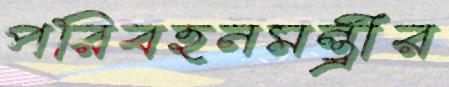
পরিবহনমন্ত্রীর